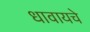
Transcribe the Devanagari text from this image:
धावायचे